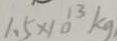
1 . 5 \times 1 0 ^ { 1 3 } k g